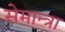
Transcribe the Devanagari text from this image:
सेमान्त्रा